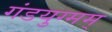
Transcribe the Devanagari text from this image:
गंडयुग्मम्